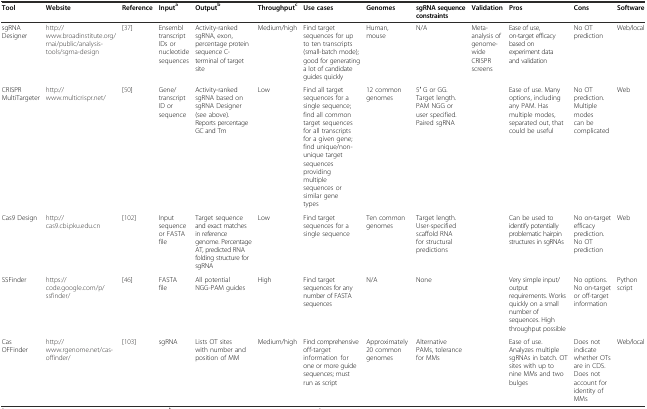
| Tool | Website | Reference | Inputa | Outputb | Throughputc | Use cases | Genomes | sgRNA sequence constraints | Validation | Pros | Cons | Software |
 | --- | --- | --- | --- | --- | --- | --- | --- | --- | --- | --- | --- | --- |
 | sgRNA Designer | http://www.broadinstitute.org/rnai/public/analysis-tools/sgrna-design | [37] | Ensembl transcript IDs or nucleotide sequences | Activity-ranked sgRNA, exon, percentage protein sequence C-terminal of target site | Medium/high | Find target sequences for up to ten transcripts (small-batch mode); good for generating a lot of candidate guides quickly | Human, mouse | N/A | Meta-analysis of genome-wide CRISPR screens | Ease of use, on-target efficacy based on experiment data and validation | No OT prediction | Web/local |
 | CRISPR MultiTargeter | http://www.multicrispr.net/ | [50] | Gene/transcript ID or sequence | Activity-ranked sgRNA based on sgRNA Designer (see above). Reports percentage GC and Tm | Low | Find all target sequences for a single sequence; find all common target sequences for all transcripts for a given gene; find unique/non-unique target sequences providing multiple sequences or similar gene types | 12 common genomes | 5′ G or GG. Target length. PAM NGG or user specified. Paired sgRNA |  | Ease of use. Many options, including any PAM. Has multiple modes, separated out, that could be useful | No OT prediction. Multiple modes can be complicated | Web |
 | Cas9 Design | http://cas9.cbi.pku.edu.cn | [102] | Input sequence or FASTA file | Target sequence and exact matches in reference genome. Percentage AT, predicted RNA folding structure for sgRNA | Low | Find target sequences for a single sequence | Ten common genomes | Target length. User-specified scaffold RNA for structural predictions |  | Can be used to identify potentially problematic hairpin structures in sgRNAs | No on-target efficacy prediction. No OT prediction | Web |
 | SSFinder | https://code.google.com/p/ssfinder/ | [46] | FASTA file | All potential NGG-PAM guides | High | Find target sequences for any number of FASTA sequences | N/A | None |  | Very simple input/output requirements. Works quickly on a small number of sequences. High throughput possible | No options. No on-target or off-target information | Python script |
 | Cas OFFinder | http://www.rgenome.net/cas-offinder/ | [103] | sgRNA | Lists OT sites with number and position of MM | Medium/high | Find comprehensive off-target information for one or more guide sequences; must run as script | Approximately 20 common genomes | Alternative PAMs, tolerance for MMs |  | Ease of use. Analyzes multiple sgRNAs in batch. OT sites with up to nine MMs and two bulges | Does not indicate whether OTs are in CDS. Does not account for identity of MMs | Web/local |